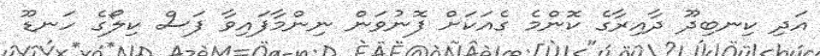
އަދި ކިނބިދޫ ދާއިރާގެ ކޮންމެ ގެއަކަށް ފޮނުވަން ނިންމާފައިވާ ފަސް ކިލޯގެ ހަނޑޫ